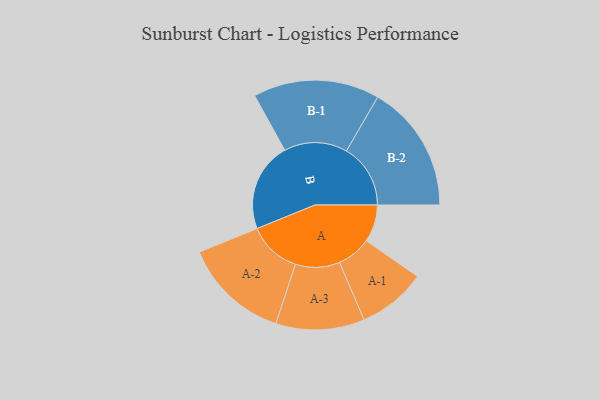
{"axis": {"x": "Segment", "y": "Value"}, "legend": ["", "A", "B"], "data": [{"x": "A", "y": 170, "type": ""}, {"x": "B", "y": 406, "type": ""}, {"x": "A-1", "y": 156, "type": "A"}, {"x": "A-2", "y": 242, "type": "A"}, {"x": "A-3", "y": 202, "type": "A"}, {"x": "B-1", "y": 288, "type": "B"}, {"x": "B-2", "y": 292, "type": "B"}]}